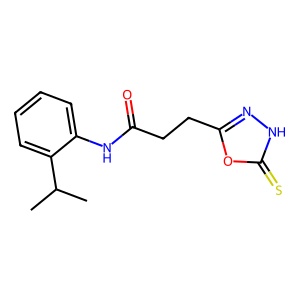
SMILES: CC(C)c1ccccc1NC(=O)CCc1n[nH]c(=S)o1
Inhibits HIV replication: No